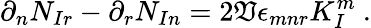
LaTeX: \partial_{n}N_{Ir}-\partial_{r}N_{In}=2\mathfrak{V}\epsilon_{mnr}K_{I}^{m}\ .